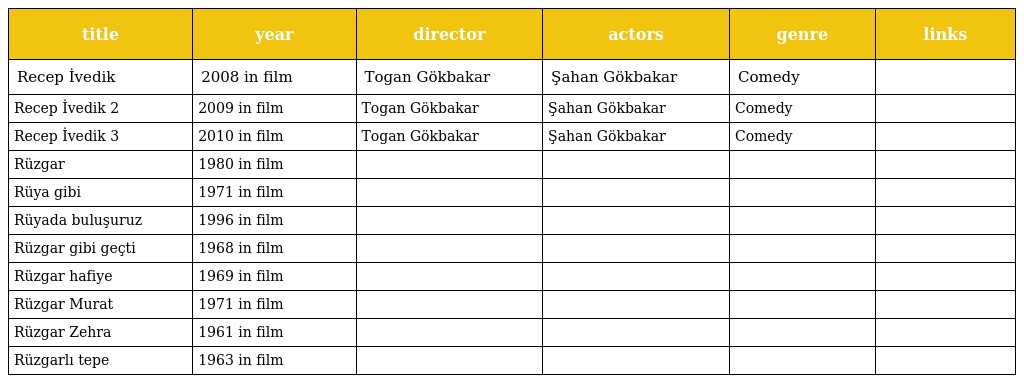
| title | year | director | actors | genre | links |
 | --- | --- | --- | --- | --- | --- |
 | Recep İvedik | 2008 in film | Togan Gökbakar | Şahan Gökbakar | Comedy |  |
 | Recep İvedik 2 | 2009 in film | Togan Gökbakar | Şahan Gökbakar | Comedy |  |
 | Recep İvedik 3 | 2010 in film | Togan Gökbakar | Şahan Gökbakar | Comedy |  |
 | Rüzgar | 1980 in film |  |  |  |  |
 | Rüya gibi | 1971 in film |  |  |  |  |
 | Rüyada buluşuruz | 1996 in film |  |  |  |  |
 | Rüzgar gibi geçti | 1968 in film |  |  |  |  |
 | Rüzgar hafiye | 1969 in film |  |  |  |  |
 | Rüzgar Murat | 1971 in film |  |  |  |  |
 | Rüzgar Zehra | 1961 in film |  |  |  |  |
 | Rüzgarlı tepe | 1963 in film |  |  |  |  |